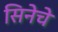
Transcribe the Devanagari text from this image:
सिनेचे